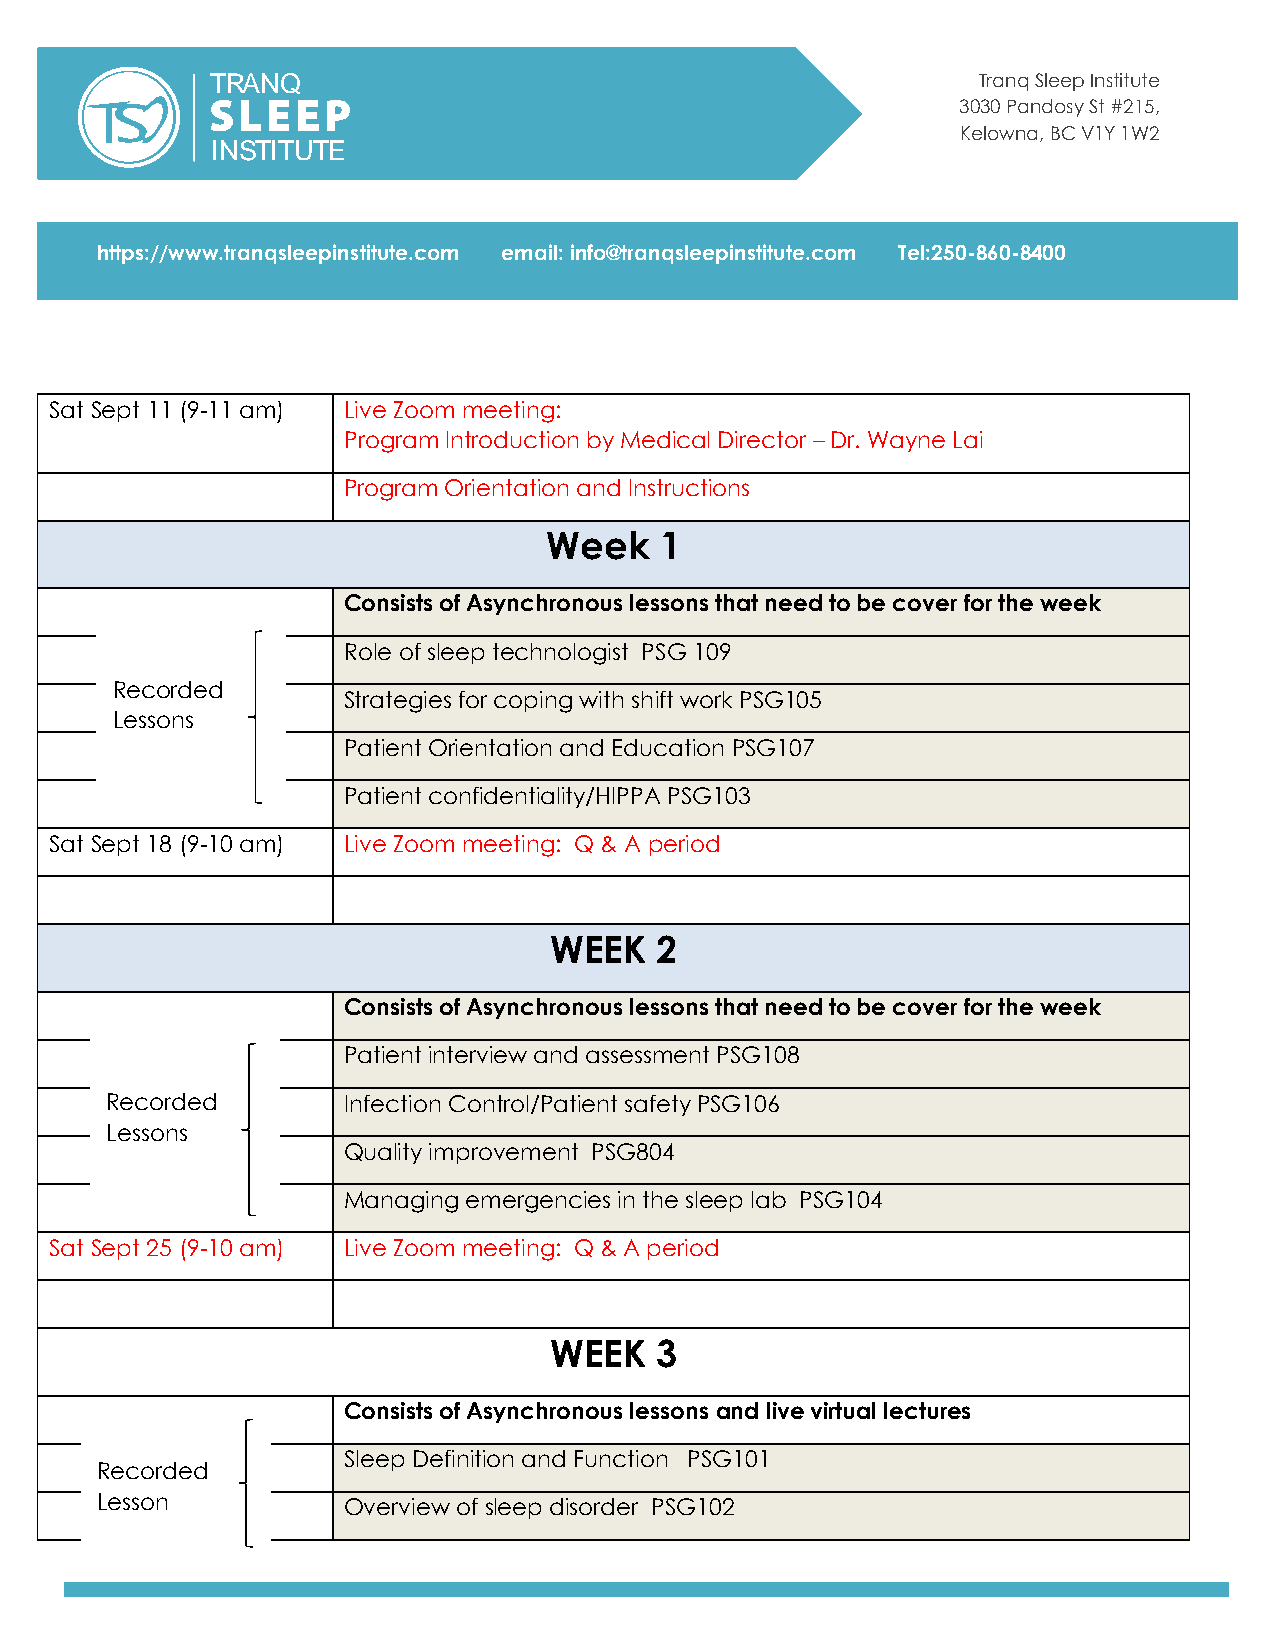
Tranq Sleep Institute
 3030 Pandosy St #215,
 Kelowna, BC V1Y 1W2
 https://www.tranqsleepinstitute.com email: info@tranqsleepinstitute.com Tel:250-860-8400
 Sat Sept 11 (9-11 am) Live Zoom meeting:
 Program Introduction by Medical Director – Dr. Wayne Lai
 Program Orientation and Instructions
 Week    1
 Consists of Asynchronous lessons that need to be cover for the week
 Role of sleep technologist PSG 109
 Recorded
 Strategies for coping with shift work PSG105
 Lessons
 Patient Orientation and Education PSG107
 Patient confidentiality/HIPPA PSG103
 Sat Sept 18 (9-10 am) Live Zoom meeting: Q & A period
 WEEK   2
 Consists of Asynchronous lessons that need to be cover for the week
 Patient interview and assessment PSG108
 Recorded        Infection Control/Patient safety PSG106
 Lessons
 Quality improvement PSG804
 Managing emergencies in the sleep lab PSG104
 Sat Sept 25 (9-10 am) Live Zoom meeting: Q & A period
 WEEK   3
 Consists of Asynchronous lessons and live virtual lectures
 Sleep Definition and Function PSG101
 Recorded
 Lesson           Overview of sleep disorder PSG102
 T
 I
 R
 N
 A
 S
 N
 T I
 Q
 T U T E